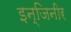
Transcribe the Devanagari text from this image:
इन्जिनीर